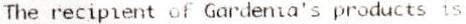
THE RECIPIENT OF GARDENIA'S PRODUCTS IS